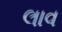
લાવ